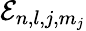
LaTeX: \mathcal{E}_{n,l,j,m_{j}}